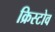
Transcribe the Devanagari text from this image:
क्रिस्टोव